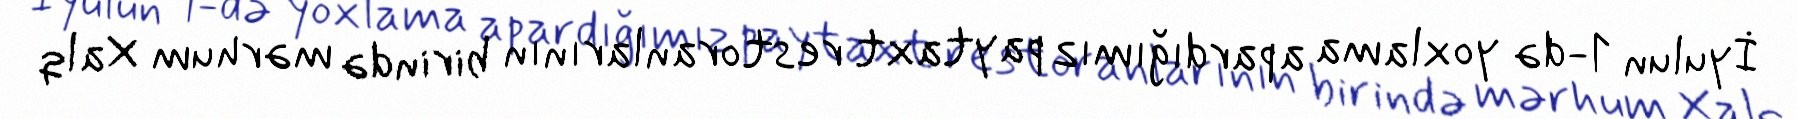
İyulun 1-də yoxlama apardığımız paytaxt restoranlarının birində mərhum Xalq